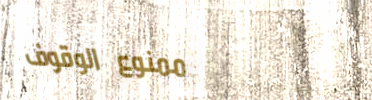
ممنوع الوقوف